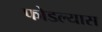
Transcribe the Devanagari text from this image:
फोडल्यास